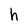
Character: h